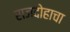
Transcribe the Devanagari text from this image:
राजदोहाचा